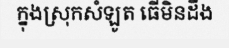
ក្នុងស្រុកសំឡូត ធើមិនដឹង